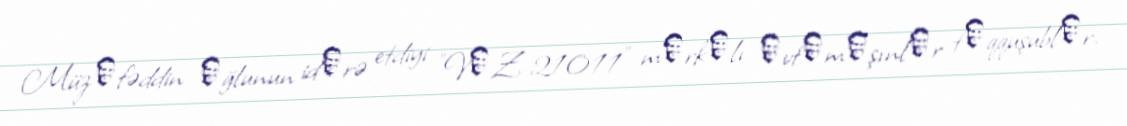
Müzаfəddin оğlunun idаrə etdiyi "VАZ-21011" mаrkаlı аvtоmаşınlаr tоqquşublаr.